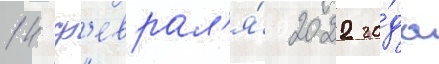
14 ф'еврал'я́ 2022 го́да